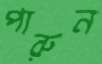
পারুন